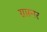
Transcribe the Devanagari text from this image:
ग्रास्नर